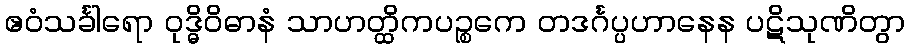
ဧဝံသင်္ခါရော ဝုဒ္ဓိဝိဓာနံ သာဟတ္ထိကပဉ္စကေ တဒင်္ဂပ္ပဟာနေန ပဋိသုဏိတွာ